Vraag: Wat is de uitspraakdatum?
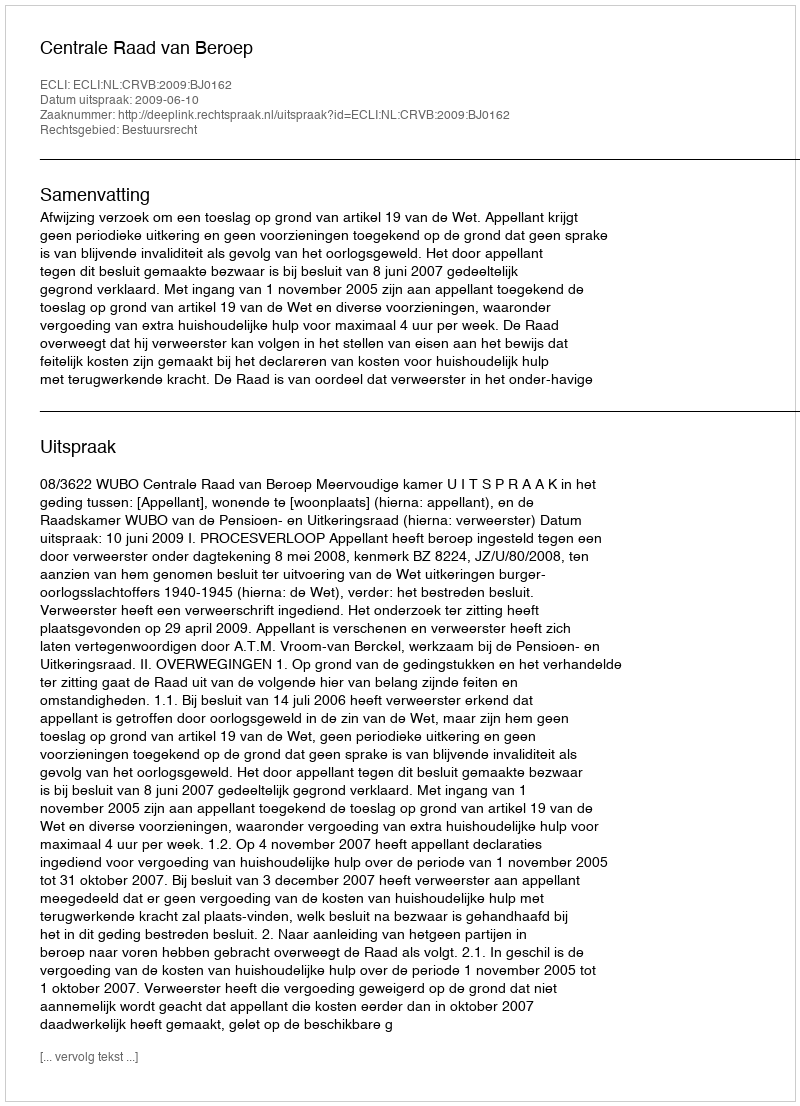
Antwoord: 2009-06-10